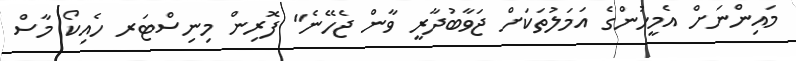
މައިންނަށް އެމީހުންގެ އަމަލުތަކަށް ޖަވާބުދާރީ ވާން ޖެހޭނެ" ފޮރިން މިނިސްޓަރ ހެއިކޯ މާސް